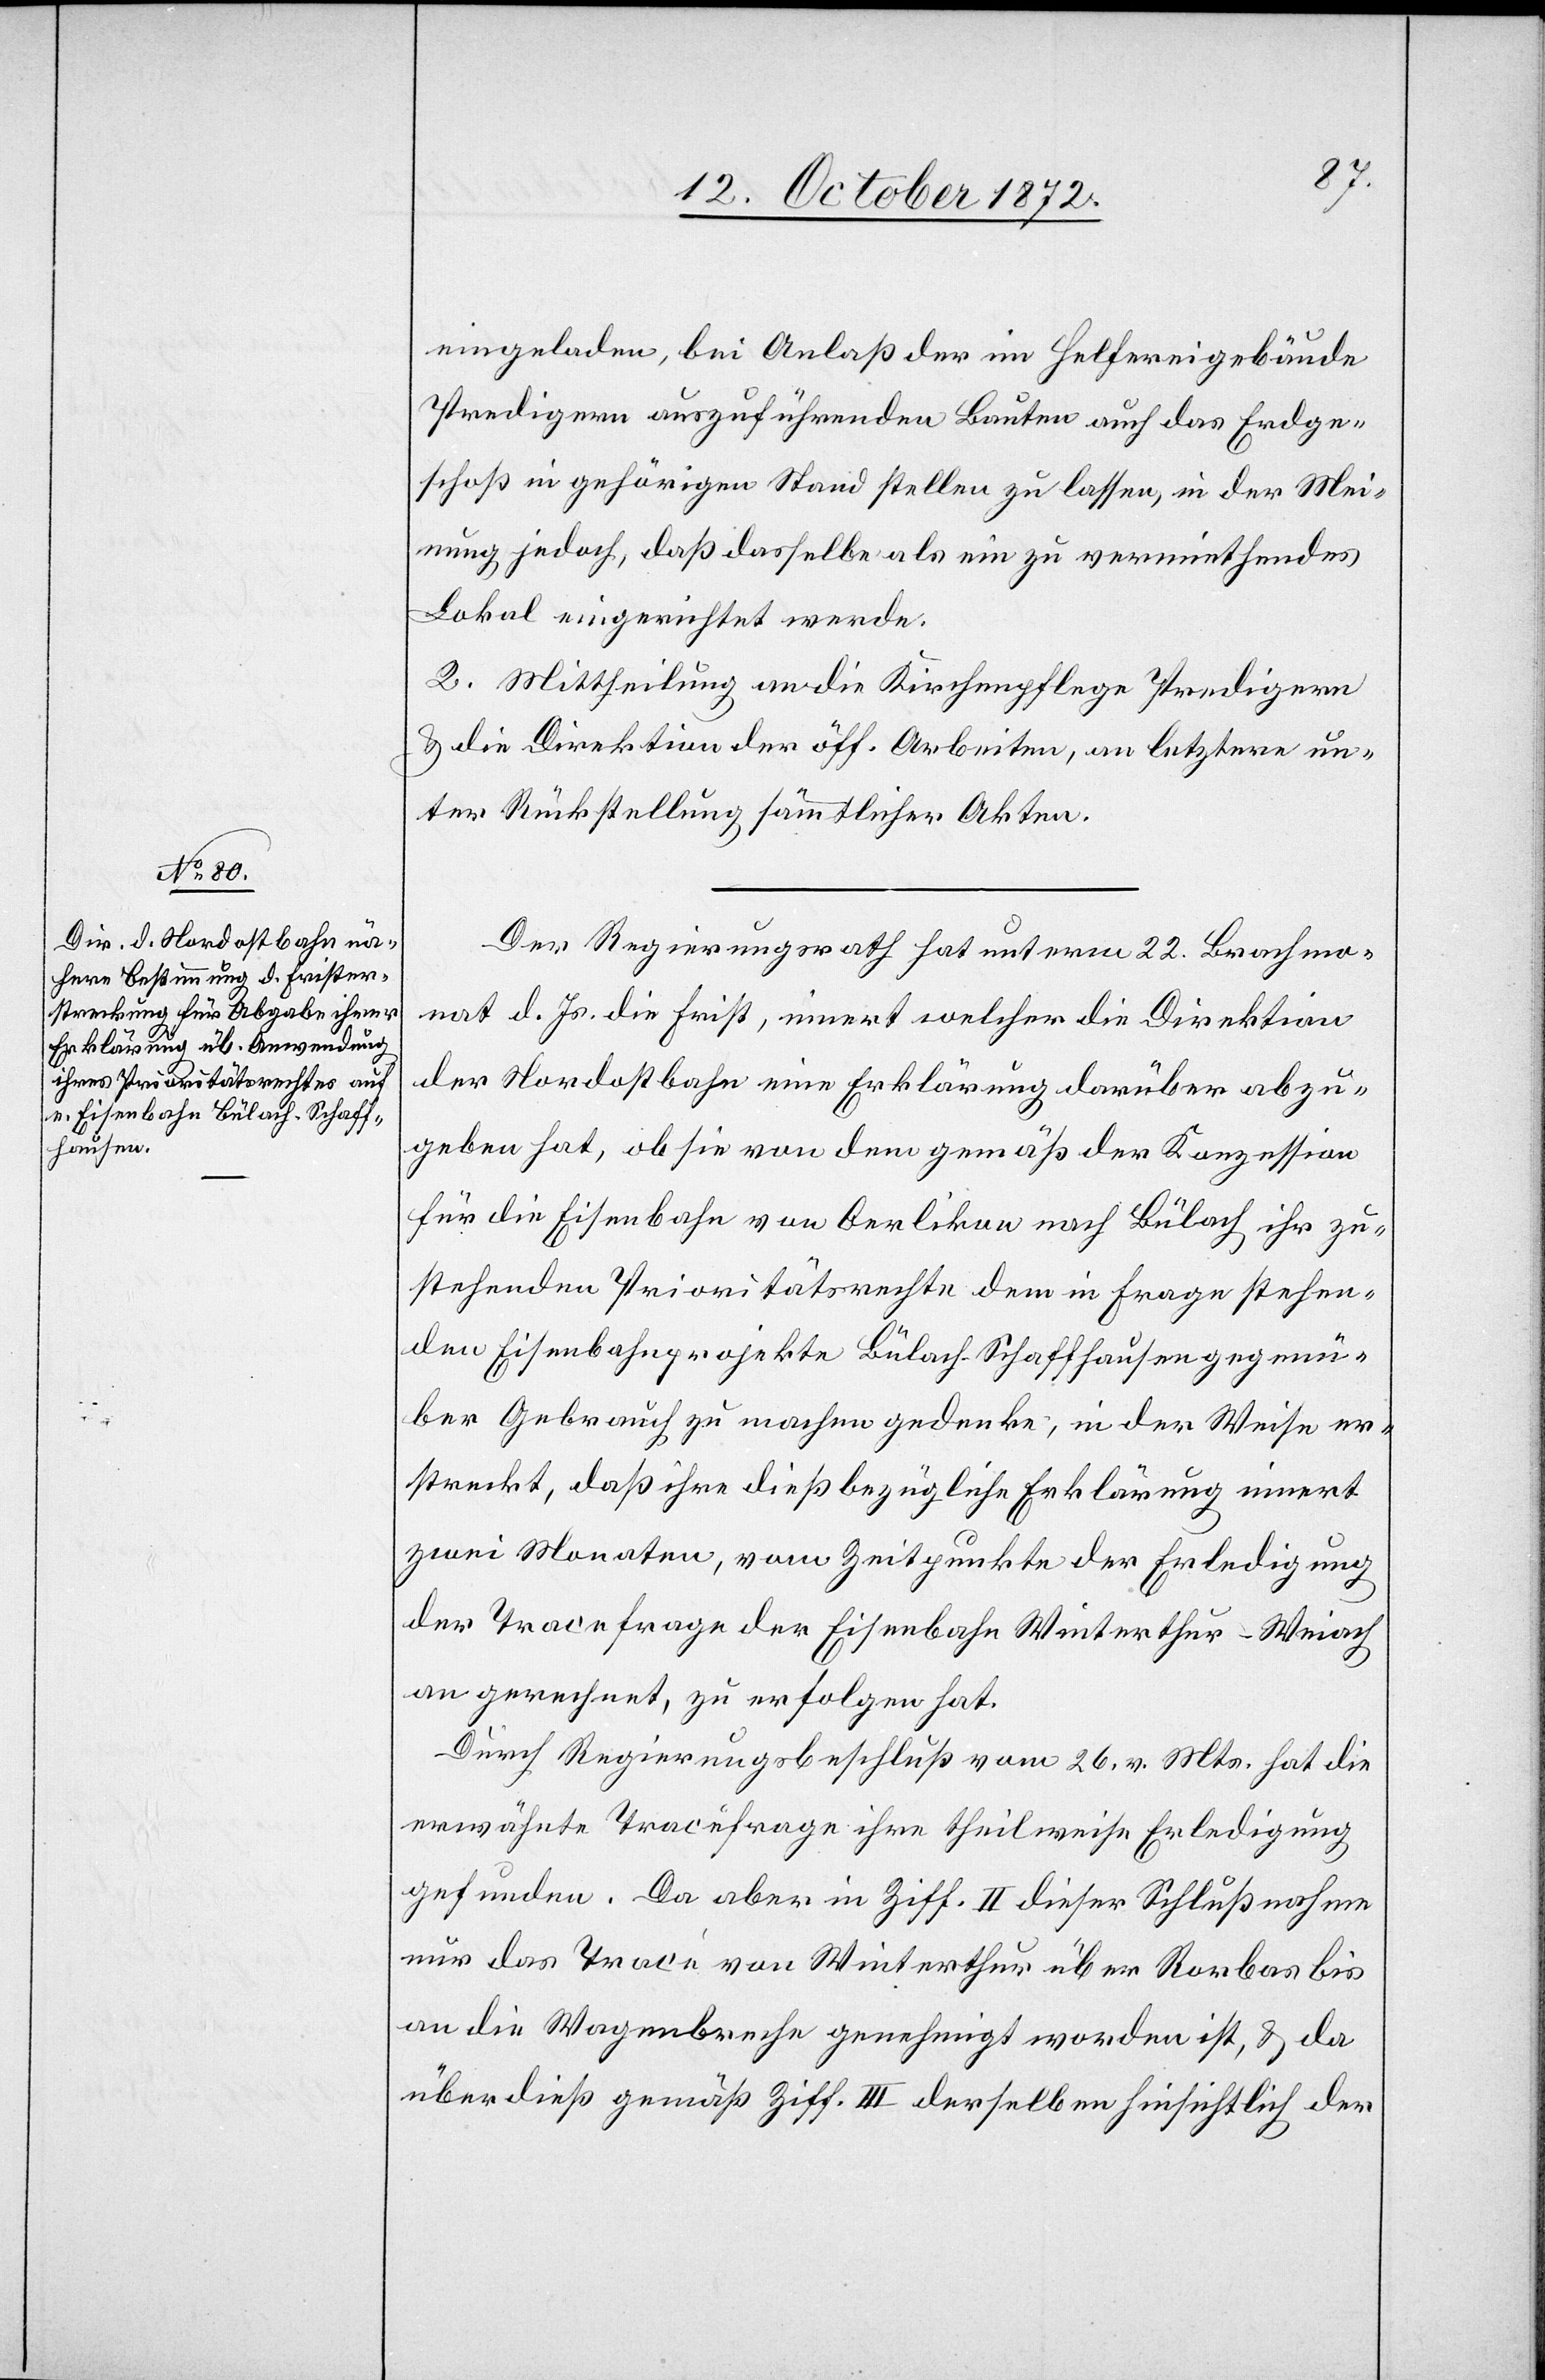
eingeladen, bei Anlaß der im Helfereigebäude
Predigern auszuführenden Bauten auch das Erdge¬
schoß in gehörigen Stand stellen zu lassen, in der Mei¬
nung jedoch, daß dasselbe als ein zu vermiethendes
Lokal eingerichtet werde.
2. Mittheilung an die Kirchenpflege Predigern
u. die Direktion der öff. Arbeiten, an letztere un¬
ter Rückstellung sämmtlicher Akten.
Der Regierungsrath hat unterm 22. Brachmo¬
nat d. Js. die Frist, innert welcher die Direktion
der Nordostbahn eine Erklärung darüber abzu¬
geben hat, ob sie von dem gemäß der Konzession
für die Eisenbahn von Oerlikon nach Bülach ihr zu¬
stehenden Prioritätsrechte dem in Frage stehen¬
den Eisenbahnprojekte Bülach–Schaffhausen gegenü¬
ber Gebrauch zu machen gedenke, in der Weise er¬
streckt, daß ihre dießbezügliche Erklärung innert
zwei Monaten, vom Zeitpunkte der Erledigung
der Tracefrage der Eisenbahn Winterthur–Weiach
an gerechnet, zu erfolgen hat.
Durch Regierungsbeschluß vom 26. v. Mts. hat die
erwähnte Tracefrage ihre theilweise Erledigung
gefunden. Da aber in Ziff. II dieser Schlußnahme
nur das Tracé von Winterthur über Rorbas bis
an die Wagenbreche genehmigt worden ist, u. da
überdieß gemäß Ziff. III derselben hinsichtlich der